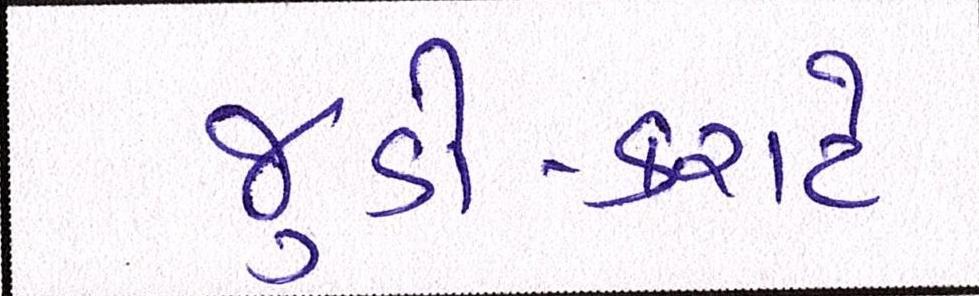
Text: જુડો-કરાટે